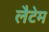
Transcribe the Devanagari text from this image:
लैटेम